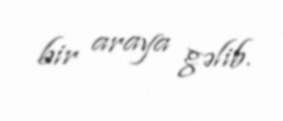
bir araya gəlib.